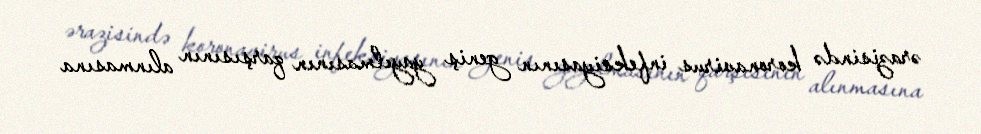
ərazisində koronavirus infeksiyasının geniş yayılmasının qarşısının alınmasına